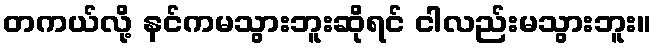
တကယ်လို့ နင်ကမသွားဘူးဆိုရင် ငါလည်းမသွားဘူး။